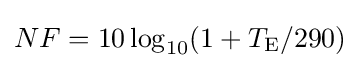
NF=10\log _{10}(1+T_{\text{E}}/290)